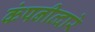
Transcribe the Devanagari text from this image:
कंपनीव्दारे